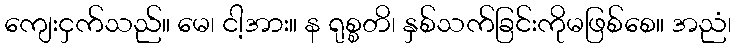
ကျေးငှက်သည်။ မေ၊ ငါ့အား။ န ရုစ္စတိ၊ နှစ်သက်ခြင်းကိုမဖြစ်စေ။ အညံ၊